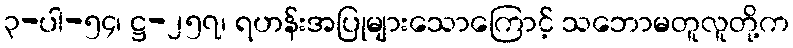
၃-ပါ-၅၄၊ ဋ္ဌ-၂၅၇၊ ရဟန်းအပြုများသောကြောင့် သဘောမတူလူတို့က